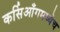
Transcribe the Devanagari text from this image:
कर्सिआँगमध्येच